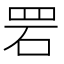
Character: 𫅂